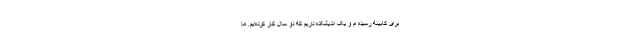
برای کابینه رسیده ام و یک اندیشکده داریم که دو سال کار کرده‌ایم. ما